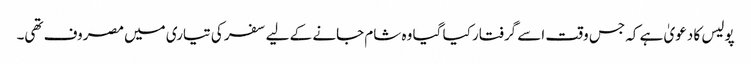
پولیس کا دعویٰ ہے کہ جس وقت اسے گرفتار کیا گیا وہ شام جانے کے لیے سفر کی تیاری میں مصروف تھی۔